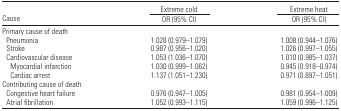
|  | Extreme cold | Extreme heat |
 | Cause | OR (95% CI) | OR (95% CI) |
 | --- | --- | --- |
 | <COLSPAN=3> Primary cause of death |
 | Pneumonia | 1.028 (0.979–1.079) | 1.008 (0.944–1.076) |
 | Stroke | 0.987 (0.956–1.020) | 1.026 (0.997–1.055) |
 | Cardiovascular disease | 1.053 (1.036–1.070) | 1.010 (0.985–1.037) |
 | Myocardial infarction | 1.030 (0.999–1.062) | 0.945 (0.918–0.974) |
 | Cardiac arrest | 1.137 (1.051–1.230) | 0.971 (0.897–1.051) |
 | <COLSPAN=3> Contributing cause of death |
 | Congestive heart failure | 0.976 (0.947–1.005) | 0.981 (0.954–1.009) |
 | Atrial fibrillation | 1.052 (0.993–1.115) | 1.059 (0.996–1.125) |